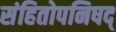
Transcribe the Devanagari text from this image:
संहितोपनिषद्